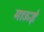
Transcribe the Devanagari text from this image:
माऊई